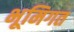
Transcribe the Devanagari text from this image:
भूमिगत